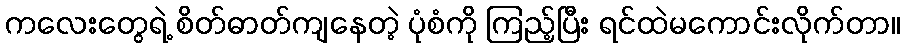
ကလေးတွေရဲ့ စိတ်ဓာတ်ကျနေတဲ့ ပုံစံကို ကြည့်ပြီး ရင်ထဲမကောင်းလိုက်တာ။